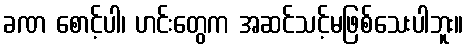
ခဏ စောင့်ပါ၊ ဟင်းတွေက အဆင်သင့်မဖြစ်သေးပါဘူး။